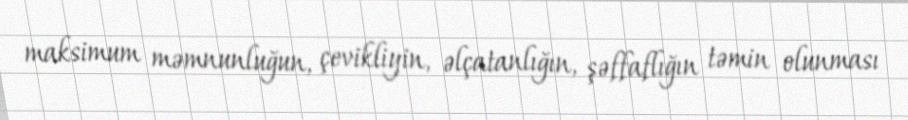
maksimum məmnunluğun, çevikliyin, əlçatanlığın, şəffaflığın təmin olunması